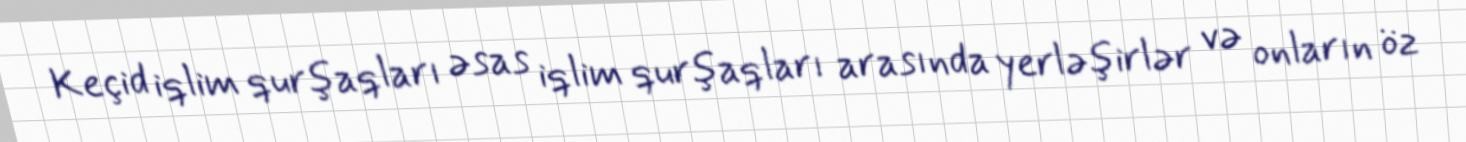
Keçid iqlim qurşaqları əsas iqlim qurşaqları arasında yerləşirlər və onların öz